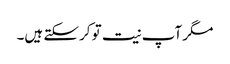
مگر آپ نیت تو کرسکتے ہیں۔